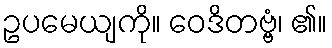
ဥပမေယျကို။ ဝေဒိတဗ္ဗံ၊ ၏။